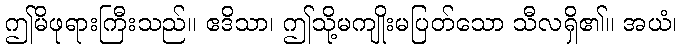
ဤမိဖုရားကြီးသည်။ ဧဒိသာ၊ ဤသို့မကျိုးမပြတ်သော သီလရှိ၏။ အယံ၊